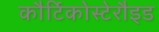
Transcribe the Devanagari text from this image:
कौर्टिकोस्टेरौइड